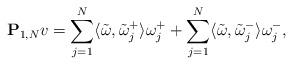
LaTeX: \begin{align*}{\bf P}_{1, N} v= \sum_{j=1}^{N} \langle \tilde \omega, \tilde \omega_j^{+} \rangle \omega_j^{+} + \sum_{j=1}^{N}\langle \tilde \omega, \tilde \omega_j^{-} \rangle \omega_j^{-},\end{align*}